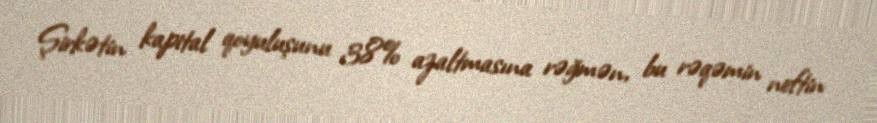
Şirkətin kapital qoyuluşunu 38% azaltmasına rəğmən, bu rəqəmin neftin